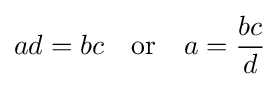
ad=bc\quad {\text{or}}\quad a={\frac {bc}{d}}